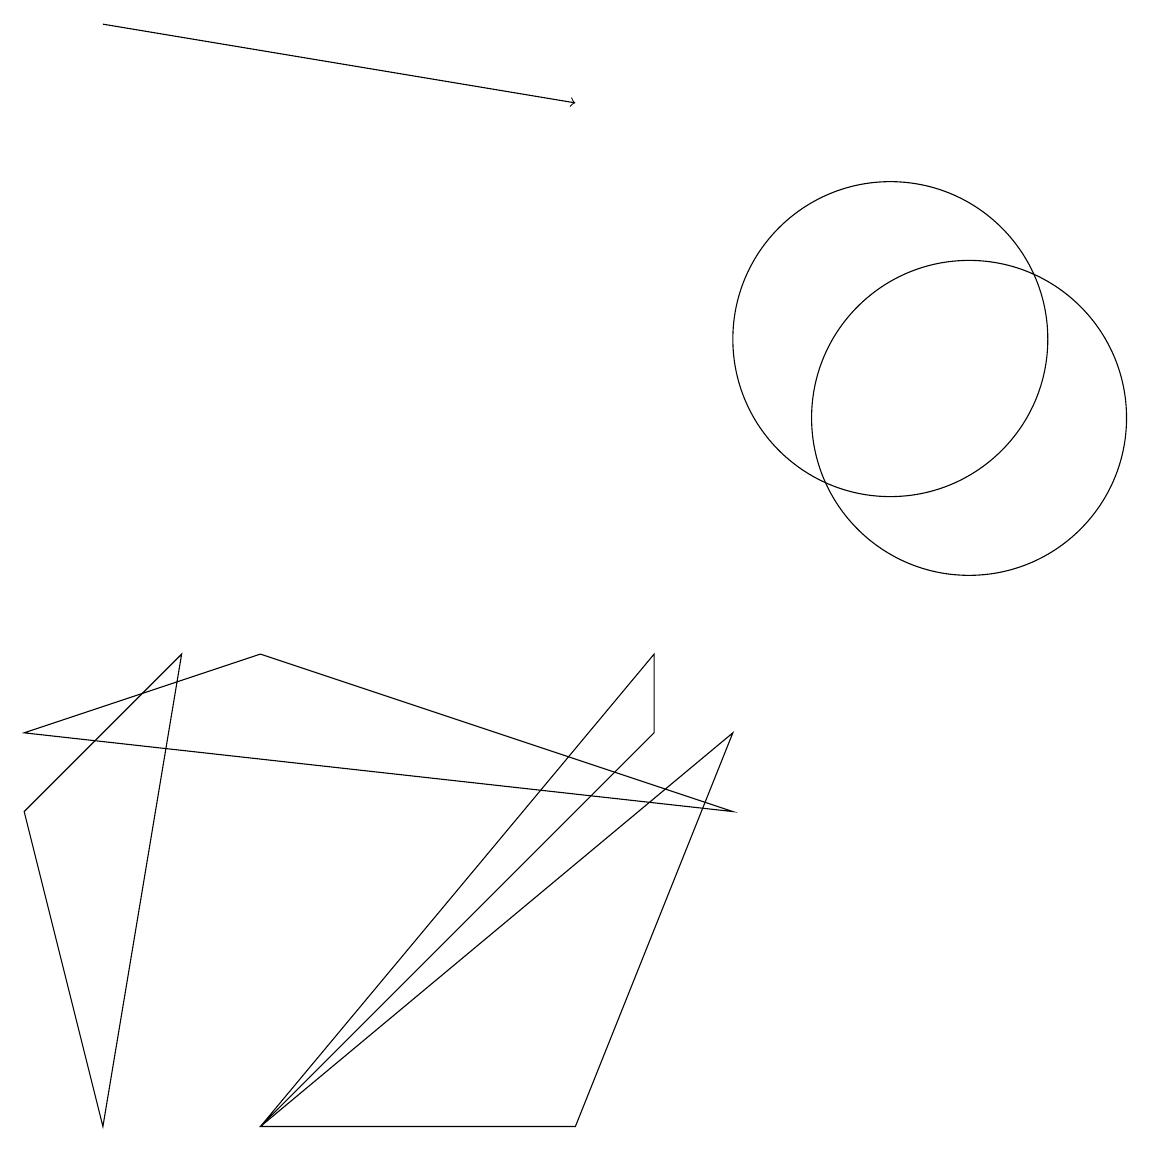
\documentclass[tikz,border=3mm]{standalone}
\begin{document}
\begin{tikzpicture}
\draw (0,6) -- (1,2) -- (2,8) -- cycle;
\draw (11,12) circle (2);
\draw[->] (1,16) -- (7,15);
\draw (8,7) -- (3,2) -- (8,8) -- cycle;
\draw (3,8) -- (0,7) -- (9,6) -- cycle;
\draw (12,11) circle (2);
\draw (9,7) -- (3,2) -- (7,2) -- cycle;
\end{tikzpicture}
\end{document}